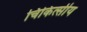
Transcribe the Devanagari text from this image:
चिकित्‍सीय